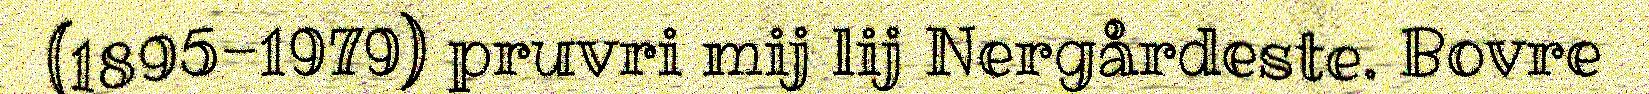
(1895-1979) pruvri mij lij Nergårdeste. Bovre